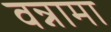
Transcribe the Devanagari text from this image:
वन्नामा